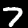
Digit: 7